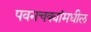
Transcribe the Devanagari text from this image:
पवनचक्यांमधील